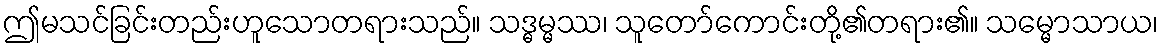
ဤမသင်ခြင်းတည်းဟူသောတရားသည်။ သဒ္ဓမ္မဿ၊ သူတော်ကောင်းတို့၏တရား၏။ သမ္မောသာယ၊